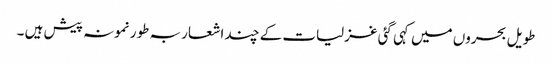
طویل بحروں میں کہی گئی غزلیات کے چند اشعار بہ طور نمونہ پیش ہیں ۔